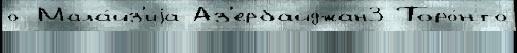
о Мала́йз'иjа Аз'ербайджан3 Торо́нто